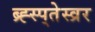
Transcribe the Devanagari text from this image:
ब्र्ह्स्प्तेस्व्रर